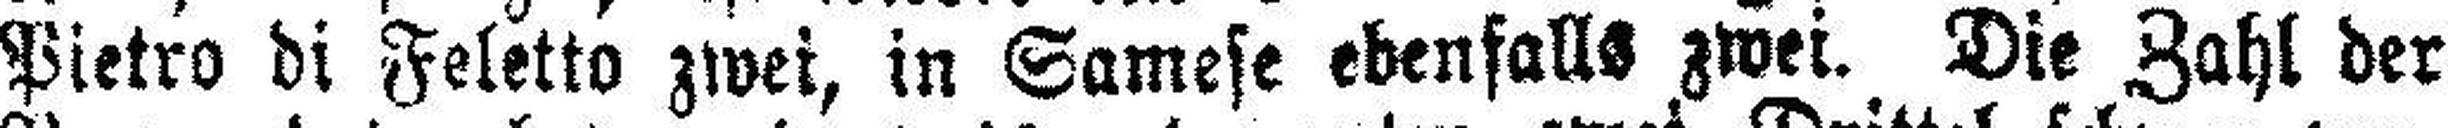
Pietro di Feletto zwei, in Samese ebenfalls zwei. Die Zahl der